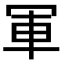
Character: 軍